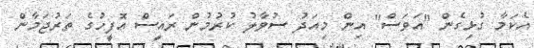
އެކަމާ ގުޅިގެން "އަވަސް" އިން މިއަދު ސުވާލު ކުރުމުން ރައީސް އޮފީހުގެ ތަރުޖަމާން